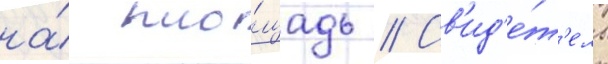
на́ пло́щадь // Св'ид'е́т'ель